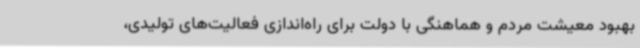
بهبود معیشت مردم و هماهنگی با دولت برای راه‌اندازی فعالیت‌های تولیدی،